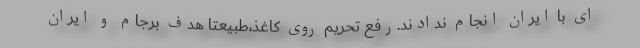
ای با ایران انجام ندادند.رفع تحریم روی کاغذ،طبیعتا هدف برجام و ایران